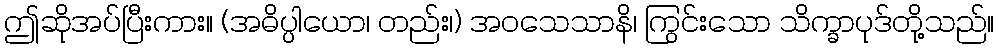
ဤဆိုအပ်ပြီးကား။ (အဓိပ္ပါယော၊ တည်း၊) အဝသေသာနိ၊ ကြွင်းသော သိက္ခာပုဒ်တို့သည်။